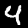
Label: 4